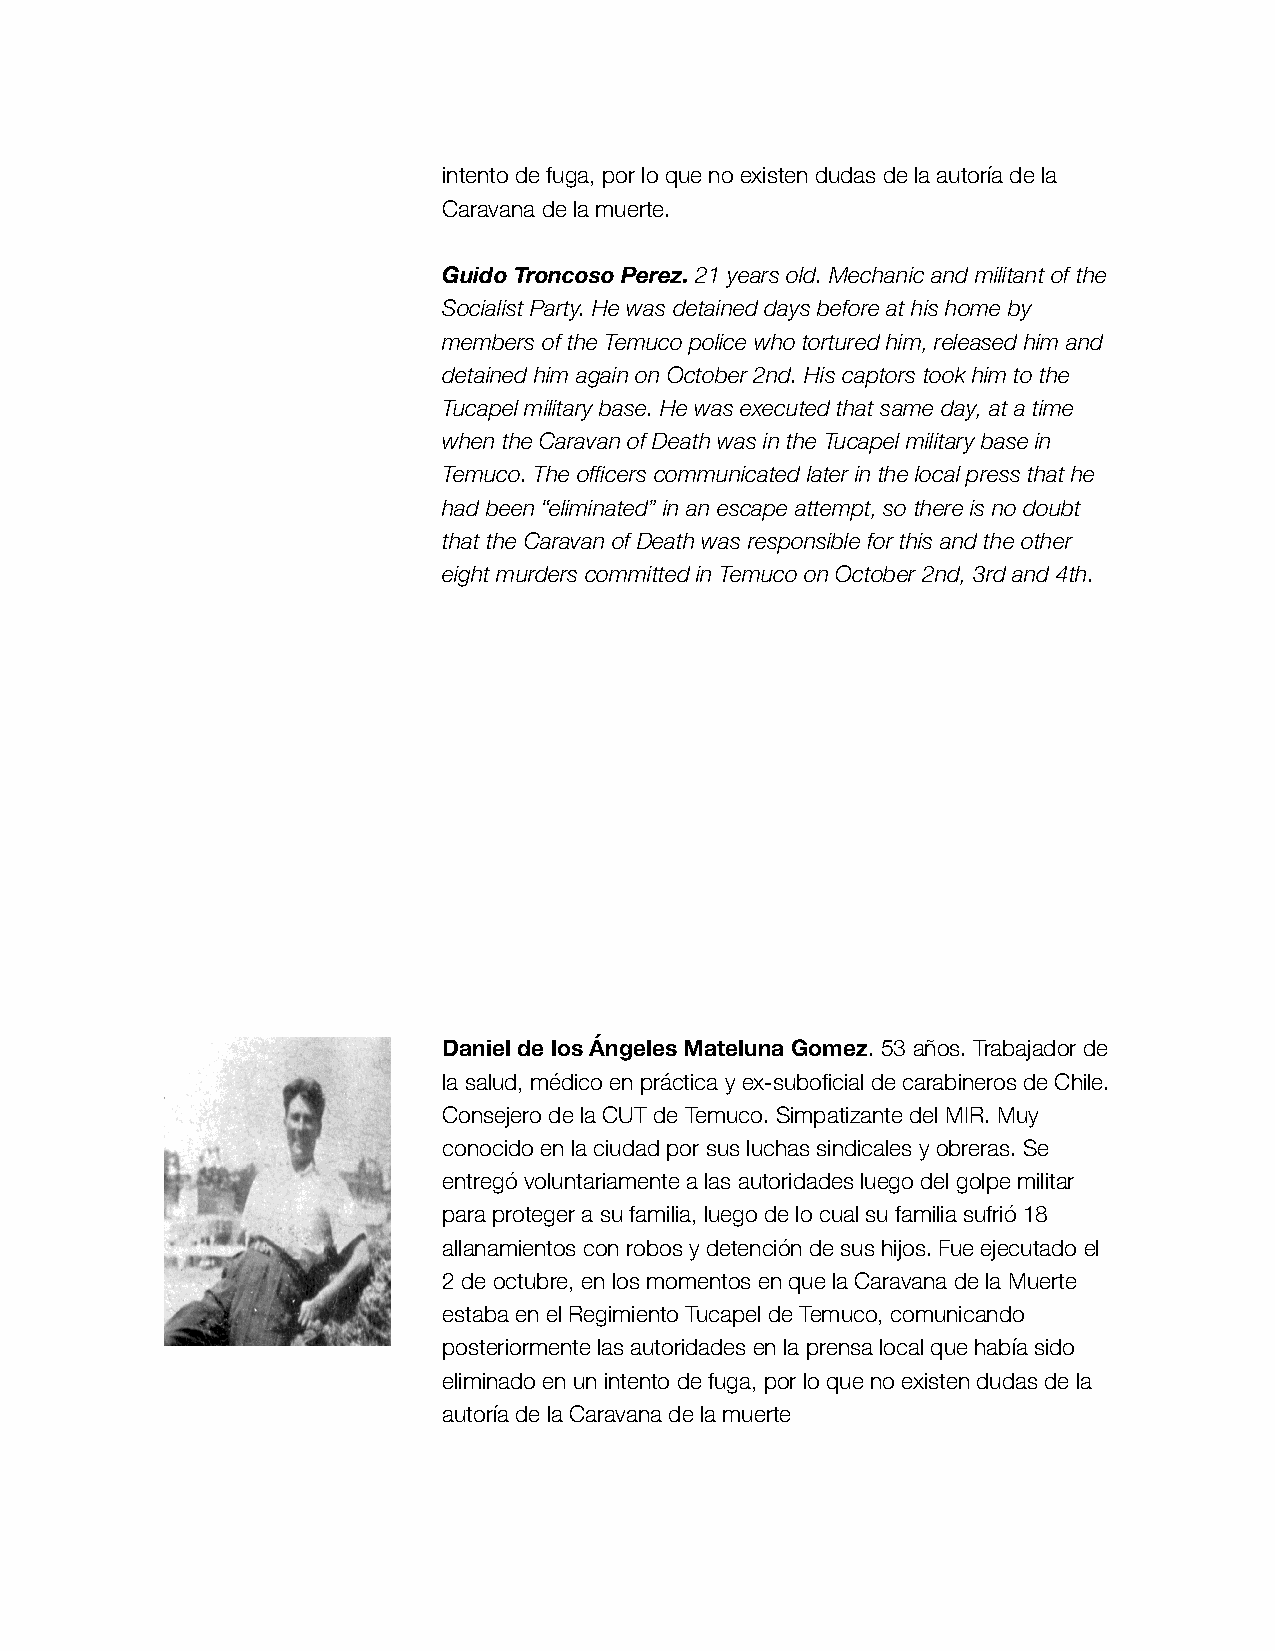
intento de fuga, por lo que no existen dudas de la autoría de la
 Caravana de la muerte.
 Guido Troncoso Perez. 21 years old. Mechanic and militant of the
 Socialist Party. He was detained days before at his home by
 members of the Temuco police who tortured him, released him and
 detained him again on October 2nd. His captors took him to the
 Tucapel military base. He was executed that same day, at a time
 when the Caravan of Death was in the Tucapel military base in
 Temuco. The officers communicated later in the local press that he
 had been “eliminated” in an escape attempt, so there is no doubt
 that the Caravan of Death was responsible for this and the other
 eight murders committed in Temuco on October 2nd, 3rd and 4th.
 Daniel de los Ángeles Mateluna Gomez. 53 años. Trabajador de
 la salud, médico en práctica y ex-suboficial de carabineros de Chile.
 Consejero de la CUT de Temuco. Simpatizante del MIR. Muy
 conocido en la ciudad por sus luchas sindicales y obreras. Se
 entregó voluntariamente a las autoridades luego del golpe militar
 para proteger a su familia, luego de lo cual su familia sufrió 18
 allanamientos con robos y detención de sus hijos. Fue ejecutado el
 2 de octubre, en los momentos en que la Caravana de la Muerte
 estaba en el Regimiento Tucapel de Temuco, comunicando
 posteriormente las autoridades en la prensa local que había sido
 eliminado en un intento de fuga, por lo que no existen dudas de la
 autoría de la Caravana de la muerte